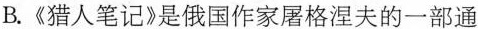
B.《猎人笔记》是俄国作家屠格涅夫的一部通